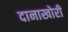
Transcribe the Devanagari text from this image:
दानाखोरी